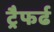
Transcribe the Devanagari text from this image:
ट्रैफर्ढ